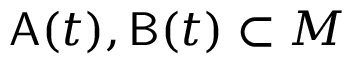
\mathsf { A } ( t ) , \mathsf { B } ( t ) \subset M